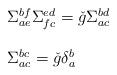
LaTeX: \begin{align*}\begin{array}{l}\Sigma_{ae}^{bf} \Sigma_{fc}^{ed} = \check{g} \Sigma_{ac}^{bd} \\\ \\\Sigma_{ac}^{bc} = \check{g} \delta_{a}^{b}\end{array}\end{align*}